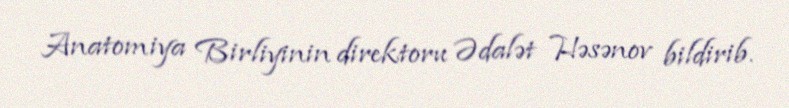
Anatomiya Birliyinin direktoru Ədalət Həsənov bildirib.